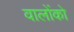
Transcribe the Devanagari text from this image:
वालोंको